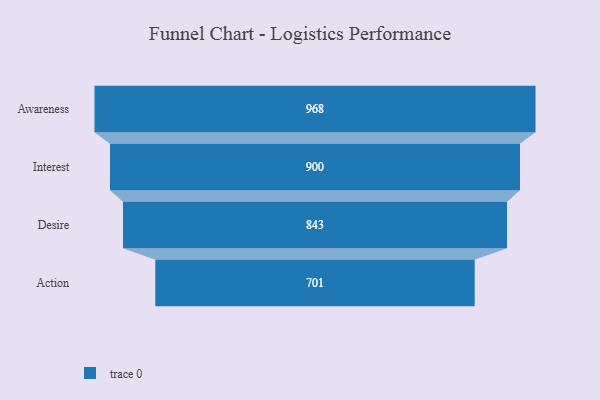
{"axis": {"x": "Stage", "y": "Value"}, "legend": [""], "data": [{"x": "Awareness", "y": 968.0, "type": ""}, {"x": "Interest", "y": 900.0, "type": ""}, {"x": "Desire", "y": 843.0, "type": ""}, {"x": "Action", "y": 701.0, "type": ""}]}